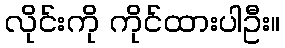
လိုင်းကို ကိုင်ထားပါဦး။